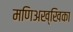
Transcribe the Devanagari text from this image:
मणिअख्खिका